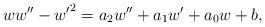
\begin{align*} ww'' - {w'}^2 = a_2 w''+a_1w' +a_0w + b,\end{align*}